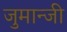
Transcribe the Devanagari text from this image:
जुमान्जी